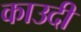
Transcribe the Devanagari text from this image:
काउदी